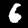
Label: 6